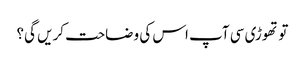
تو تھوڑی سی آپ اس کی وضاحت کریں گی؟